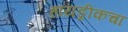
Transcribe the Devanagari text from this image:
हायड्रीकचा